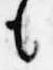
も